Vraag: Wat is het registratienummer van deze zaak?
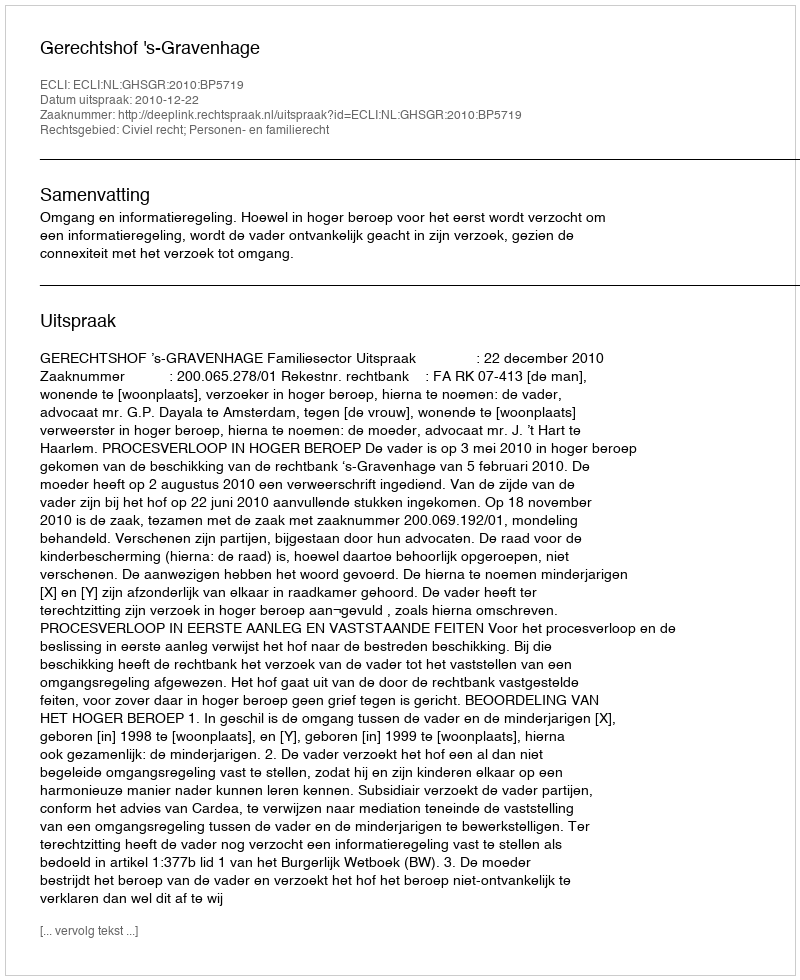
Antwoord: http://deeplink.rechtspraak.nl/uitspraak?id=ECLI:NL:GHSGR:2010:BP5719